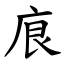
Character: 㡾